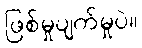
ဖြစ်မှုပျက်မှုပဲ။